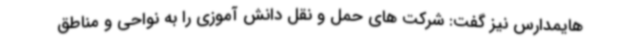
هایمدارس نیز گفت: شرکت های حمل و نقل دانش آموزی را به نواحی و مناطق